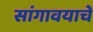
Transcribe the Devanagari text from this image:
सांगावयाचें